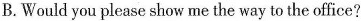
B. Would you please show me the way to the office?